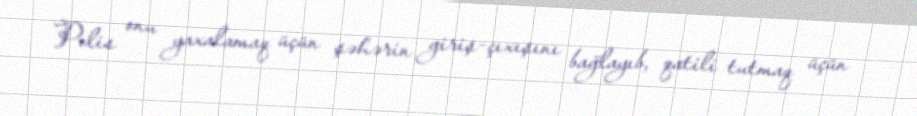
Polis onu yaxalamaq üçün şəhərin giriş-çıxışını bağlayıb, qatili tutmaq üçün